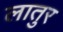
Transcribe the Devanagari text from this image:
लातुर